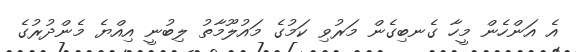
އެ އަންހެން މީހާ ގެނބިގެން މަރުވި ކަމުގެ މައުލޫމާތު ލިބުނީ އިއްޔެ މެންދުރުގެ